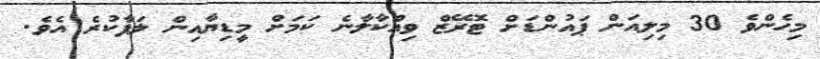
މިހެންވެ 30 މިލިއަން ޕައުންޑަށް ޓޮރޭޒް ވިއްކާލާނެ ކަމަށް މީޑިޔާއިން ލަފާކުރެ އެވެ.